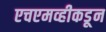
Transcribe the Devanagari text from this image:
एचएमव्हीकडून